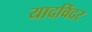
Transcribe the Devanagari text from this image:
यादविंदर